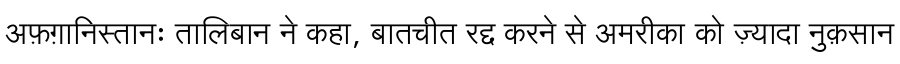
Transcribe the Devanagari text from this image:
अफ़ग़ानिस्तानः तालिबान ने कहा, बातचीत रद्द करने से अमरीका को ज़्यादा नुक़सान